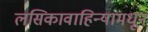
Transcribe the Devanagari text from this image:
लसिकावाहिन्यामधून